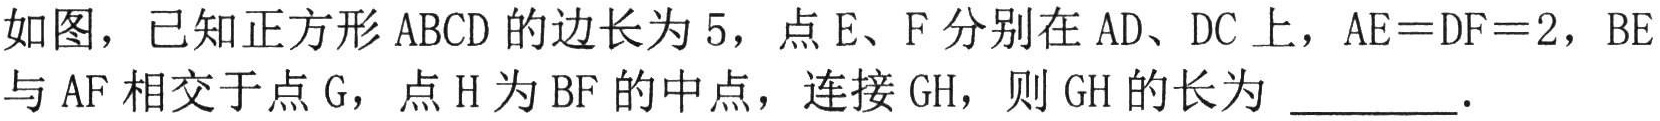
如图，已知正方形 \(ABCD\) 的边长为 \(5\)，点 \(E、F\) 分别在 \(AD、DC\) 上，\(AE = DF = 2\)，\(BE\) 与 \(AF\) 相交于点 \(G\)，点 \(H\) 为 \(BF\) 的中点，连接 \(GH\)，则 \(GH\) 的长为 \(\underline{\quad\quad}\).